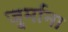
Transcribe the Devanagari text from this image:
जु्र्माना